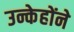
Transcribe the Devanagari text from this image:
उन्केहोंने